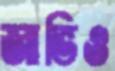
জাভিও